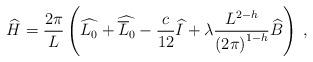
LaTeX: \begin{align*}\widehat{H}=\displaystyle\frac{2\pi }{L}\left( \widehat{L_{0}}+\widehat{\overline{L}_{0}}-\displaystyle\frac{c}{12}\widehat{I}+\lambda \displaystyle\frac{L^{2-h}}{\left( 2\pi \right) ^{1-h}}\widehat{B}\right) \: ,\end{align*}